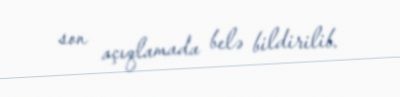
son açıqlamada belə bildirilib.